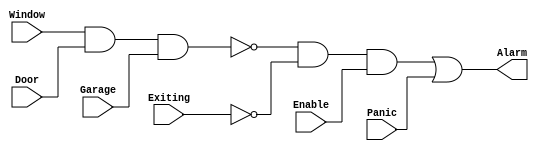
//Dylan Dennison
//Lab 4
//11/14/21

module lab4code(Alarm, Panic, Enable, Exiting, Window, Door, Garage);

   //varibles
   output reg Alarm;
   input Panic, Enable, Exiting, Window, Door, Garage;


   always @ (Panic or Enable or Exiting or Window or Door or Garage)
   begin

   Alarm <= (((!(Window && Door && Garage)) && (!(Exiting)) && Enable) || Panic); 
   end
endmodule